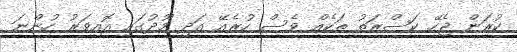
ކުރަން ޖެހޭ ކަސްރަތު ތަކެއް ވެސް ހުރެއޭ އަދި މޫދުގައި އޮއިވަރު ހުންނަ